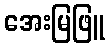
အေးမြဖြူ